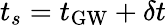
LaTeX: t_{s}=t_{\mathrm{GW}}+\delta t